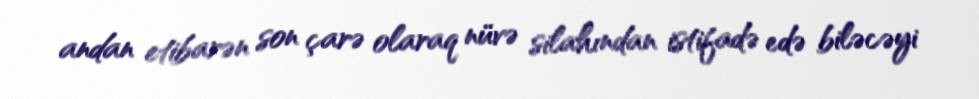
andan etibarən son çarə olaraq nüvə silahından istifadə edə biləcəyi